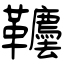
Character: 韀